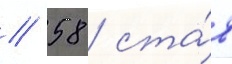
// 58 / ста́в